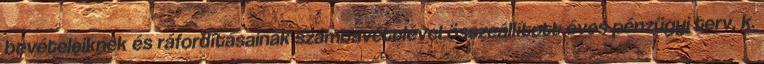
bevételeiknek és ráfordításainak számbavételével összeállított éves pénzügyi terv, k.